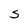
Character: S